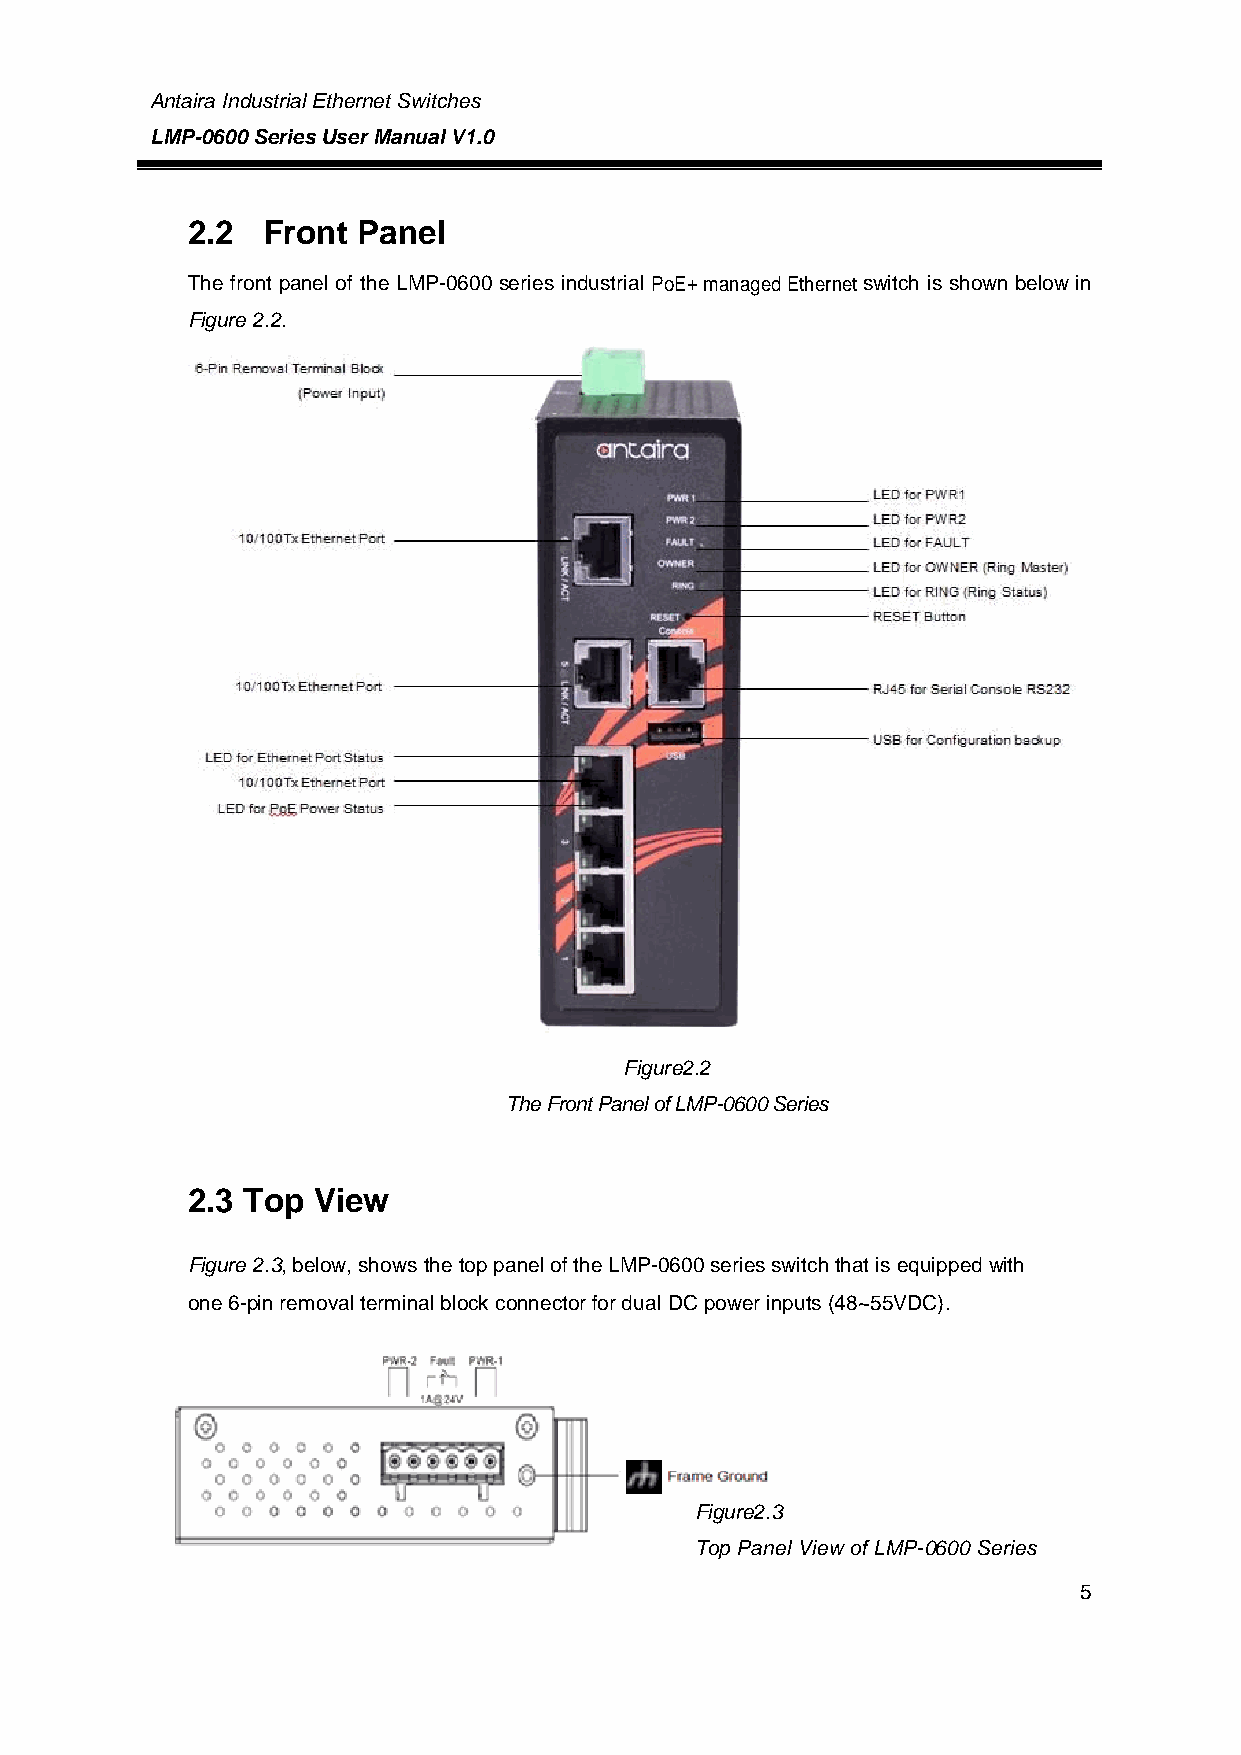
Antaira Industrial Ethernet Switches
 LMP-0600 Series User Manual V1.0
 2.2  Front  Panel
 The front panel of the LMP-0600 series industrial PoE+ managed Ethernet switch is shown below in
 Figure 2.2.
 Figure2.2
 The Front Panel of LMP-0600 Series
 2.3 Top  View
 Figure 2.3, below, shows the top panel of the LMP-0600 series switch that is equipped with
 one 6-pin removal terminal block connector for dual DC power inputs (48~55VDC).
 Figure2.3
 Top Pan el View of LMP-0600 Series
 5